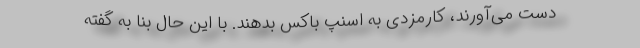
دست می‌آورند، کارمزدی به اسنپ باکس بدهند. با این حال بنا به گفته